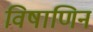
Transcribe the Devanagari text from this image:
विषाणिन